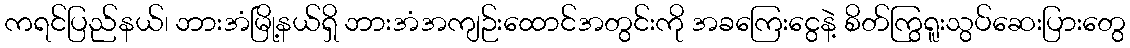
ကရင်ပြည်နယ်၊ ဘားအံမြို့နယ်ရှိ ဘားအံအကျဉ်းထောင်အတွင်းကို အခကြေးငွေနဲ့ စိတ်ကြွရူးသွပ်ဆေးပြားတွေ